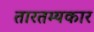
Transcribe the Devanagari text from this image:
तारतम्यकार